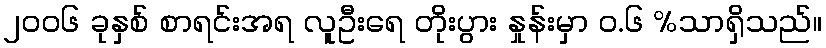
၂၀၀၆ ခုနှစ် စာရင်းအရ လူဦးရေ တိုးပွား နှုန်းမှာ ဝ.၆ %သာရှိသည်။